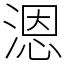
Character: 𰜩